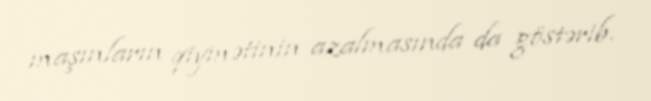
maşınların qiymətinin azalmasında da göstərib.